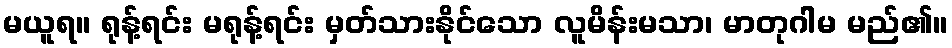
မယူရ။ ရုန့်ရင်း မရုန့်ရင်း မှတ်သားနိုင်သော လူမိန်းမသာ၊ မာတုဂါမ မည်၏။